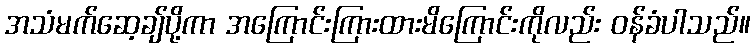
အသံမက်ဆေ့ချ်ပို့ကာ အကြောင်းကြားထားမိကြောင်းကိုလည်း ဝန်ခံပါသည်။